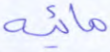
مائية